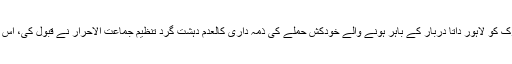
کچھ دن قبل یعنی دو رمضان المبارک کو لاہور داتا دربار کے باہر ہونے والے خودکش حملے کی ذمہ داری کالعدم دہشت گرد تنظیم جماعت الاحرار نے قبول کی، اس تنظیم کی قیادت افغانستان میں ہے۔